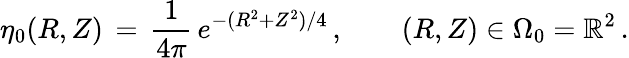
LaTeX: \eta_{0}(R,Z)\, =\, \frac{1}{4\pi}\, e^{-(R^{2}+Z^{2})/4}\, ,\qquad(R,Z)\in\Omega_{0}=\mathbb{R}^{2}\, .